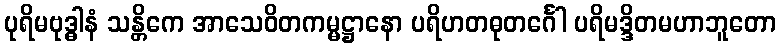
ပုရိမဗုဒ္ဓါနံ သန္တိကေ အာသေဝိတကမ္မဋ္ဌာနော ပရိဟတဓုတင်္ဂေါ ပရိမဒ္ဒိတမဟာဘူတော